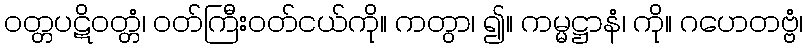
ဝတ္တပဋိဝတ္တံ၊ ဝတ်ကြီးဝတ်ငယ်ကို။ ကတွာ၊ ၍။ ကမ္မဋ္ဌာနံ၊ ကို။ ဂဟေတဗ္ဗံ၊